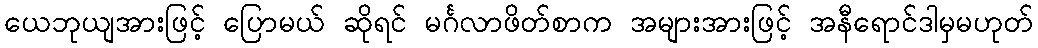
ယေဘုယျအားဖြင့် ပြောမယ် ဆိုရင် မင်္ဂလာဖိတ်စာက အများအားဖြင့် အနီရောင်ဒါမှမဟုတ်